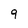
Character: 9